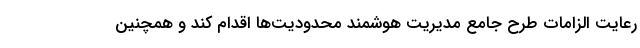
رعایت الزامات طرح جامع مدیریت هوشمندِ محدودیت‌ها اقدام کند و همچنین